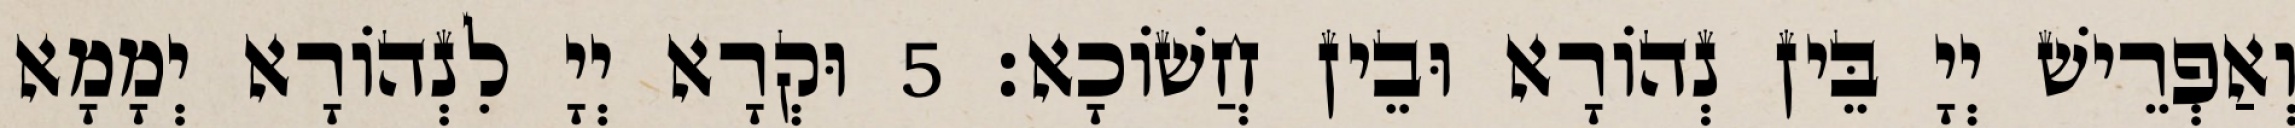
וְאַפְרֵישׁ יְיָ בֵּין נְהוֹרָא וּבֵין חֲשׁוֹכָא׃ 5 וּקְרָא יְיָ לִנְהוֹרָא יְמָמָא